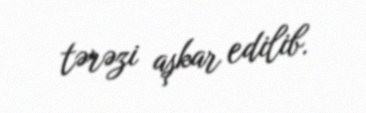
tərəzi aşkar edilib.